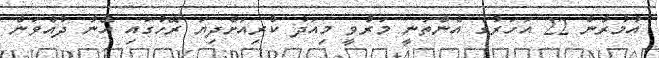
އުމުރުން 22 އަހަރުގެ އެންތަނީ މަރުވީ މިއަދު ކުރިއަށްދިޔަ ރޭހުގައި އޭނާ ދުއްވަން